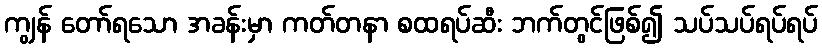
ကျွန် တော်ရသော အခန်းမှာ ကတ်တနာ စထရပ်ဆီး ဘက်တွင်ဖြစ်၍ သပ်သပ်ရပ်ရပ်